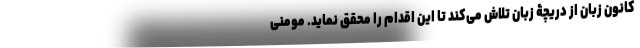
کانون زبان از دریچۀ زبان تلاش می‌کند تا این اقدام را محقق نماید. مومنی